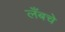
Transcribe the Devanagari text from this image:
लँबचे